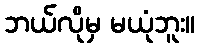
ဘယ်လိုမှ မယုံဘူး။